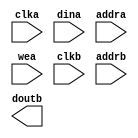
module RAM4K_V2(
	clka,
	dina,
	addra,
	wea,
	clkb,
	addrb,
	doutb);


input clka;
input [11 : 0] dina;
input [11 : 0] addra;
input [0 : 0] wea;
input clkb;
input [11 : 0] addrb;
output [11 : 0] doutb;

// synthesis translate_off

      BLK_MEM_GEN_V2_8 #(
		.C_ADDRA_WIDTH(12),
		.C_ADDRB_WIDTH(12),
		.C_ALGORITHM(1),
		.C_BYTE_SIZE(9),
		.C_COMMON_CLK(0),
		.C_DEFAULT_DATA("0"),
		.C_DISABLE_WARN_BHV_COLL(0),
		.C_DISABLE_WARN_BHV_RANGE(0),
		.C_FAMILY("spartan3"),
		.C_HAS_ENA(0),
		.C_HAS_ENB(0),
		.C_HAS_MEM_OUTPUT_REGS_A(0),
		.C_HAS_MEM_OUTPUT_REGS_B(0),
		.C_HAS_MUX_OUTPUT_REGS_A(0),
		.C_HAS_MUX_OUTPUT_REGS_B(0),
		.C_HAS_REGCEA(0),
		.C_HAS_REGCEB(0),
		.C_HAS_SSRA(0),
		.C_HAS_SSRB(0),
		.C_INIT_FILE_NAME("RAM4K_V2.mif"),
		.C_LOAD_INIT_FILE(1),
		.C_MEM_TYPE(1),
		.C_MUX_PIPELINE_STAGES(0),
		.C_PRIM_TYPE(1),
		.C_READ_DEPTH_A(4096),
		.C_READ_DEPTH_B(4096),
		.C_READ_WIDTH_A(12),
		.C_READ_WIDTH_B(12),
		.C_SIM_COLLISION_CHECK("ALL"),
		.C_SINITA_VAL("0"),
		.C_SINITB_VAL("0"),
		.C_USE_BYTE_WEA(0),
		.C_USE_BYTE_WEB(0),
		.C_USE_DEFAULT_DATA(0),
		.C_USE_ECC(0),
		.C_USE_RAMB16BWER_RST_BHV(0),
		.C_WEA_WIDTH(1),
		.C_WEB_WIDTH(1),
		.C_WRITE_DEPTH_A(4096),
		.C_WRITE_DEPTH_B(4096),
		.C_WRITE_MODE_A("READ_FIRST"),
		.C_WRITE_MODE_B("READ_FIRST"),
		.C_WRITE_WIDTH_A(12),
		.C_WRITE_WIDTH_B(12),
		.C_XDEVICEFAMILY("spartan3a"))
	inst (
		.CLKA(clka),
		.DINA(dina),
		.ADDRA(addra),
		.WEA(wea),
		.CLKB(clkb),
		.ADDRB(addrb),
		.DOUTB(doutb),
		.ENA(),
		.REGCEA(),
		.SSRA(),
		.DOUTA(),
		.DINB(),
		.ENB(),
		.REGCEB(),
		.WEB(),
		.SSRB(),
		.DBITERR(),
		.SBITERR());


// synthesis translate_on

// XST black box declaration
// box_type "black_box"
// synthesis attribute box_type of RAM4K_V2 is "black_box"

endmodule